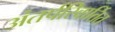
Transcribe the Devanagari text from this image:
अंतर्परिवार्तित